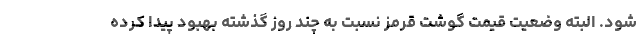
شود. البته وضعیت قیمت گوشت قرمز نسبت به چند روز گذشته بهبود پیدا کرده